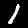
Digit: 1